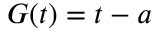
\ G ( t ) = t - a